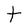
Character: t